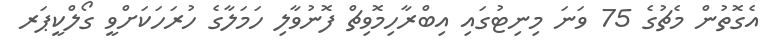
އެގޮތުން މެޗުގެ 75 ވަނަ މިނިޓުގައި އިބްރާހިމޮވިޗް ފޮނުވާލި ހަމަލާގެ ހުރަހަކަށްވީ ގޯލްކީޕަރ